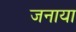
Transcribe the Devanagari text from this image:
जनाया